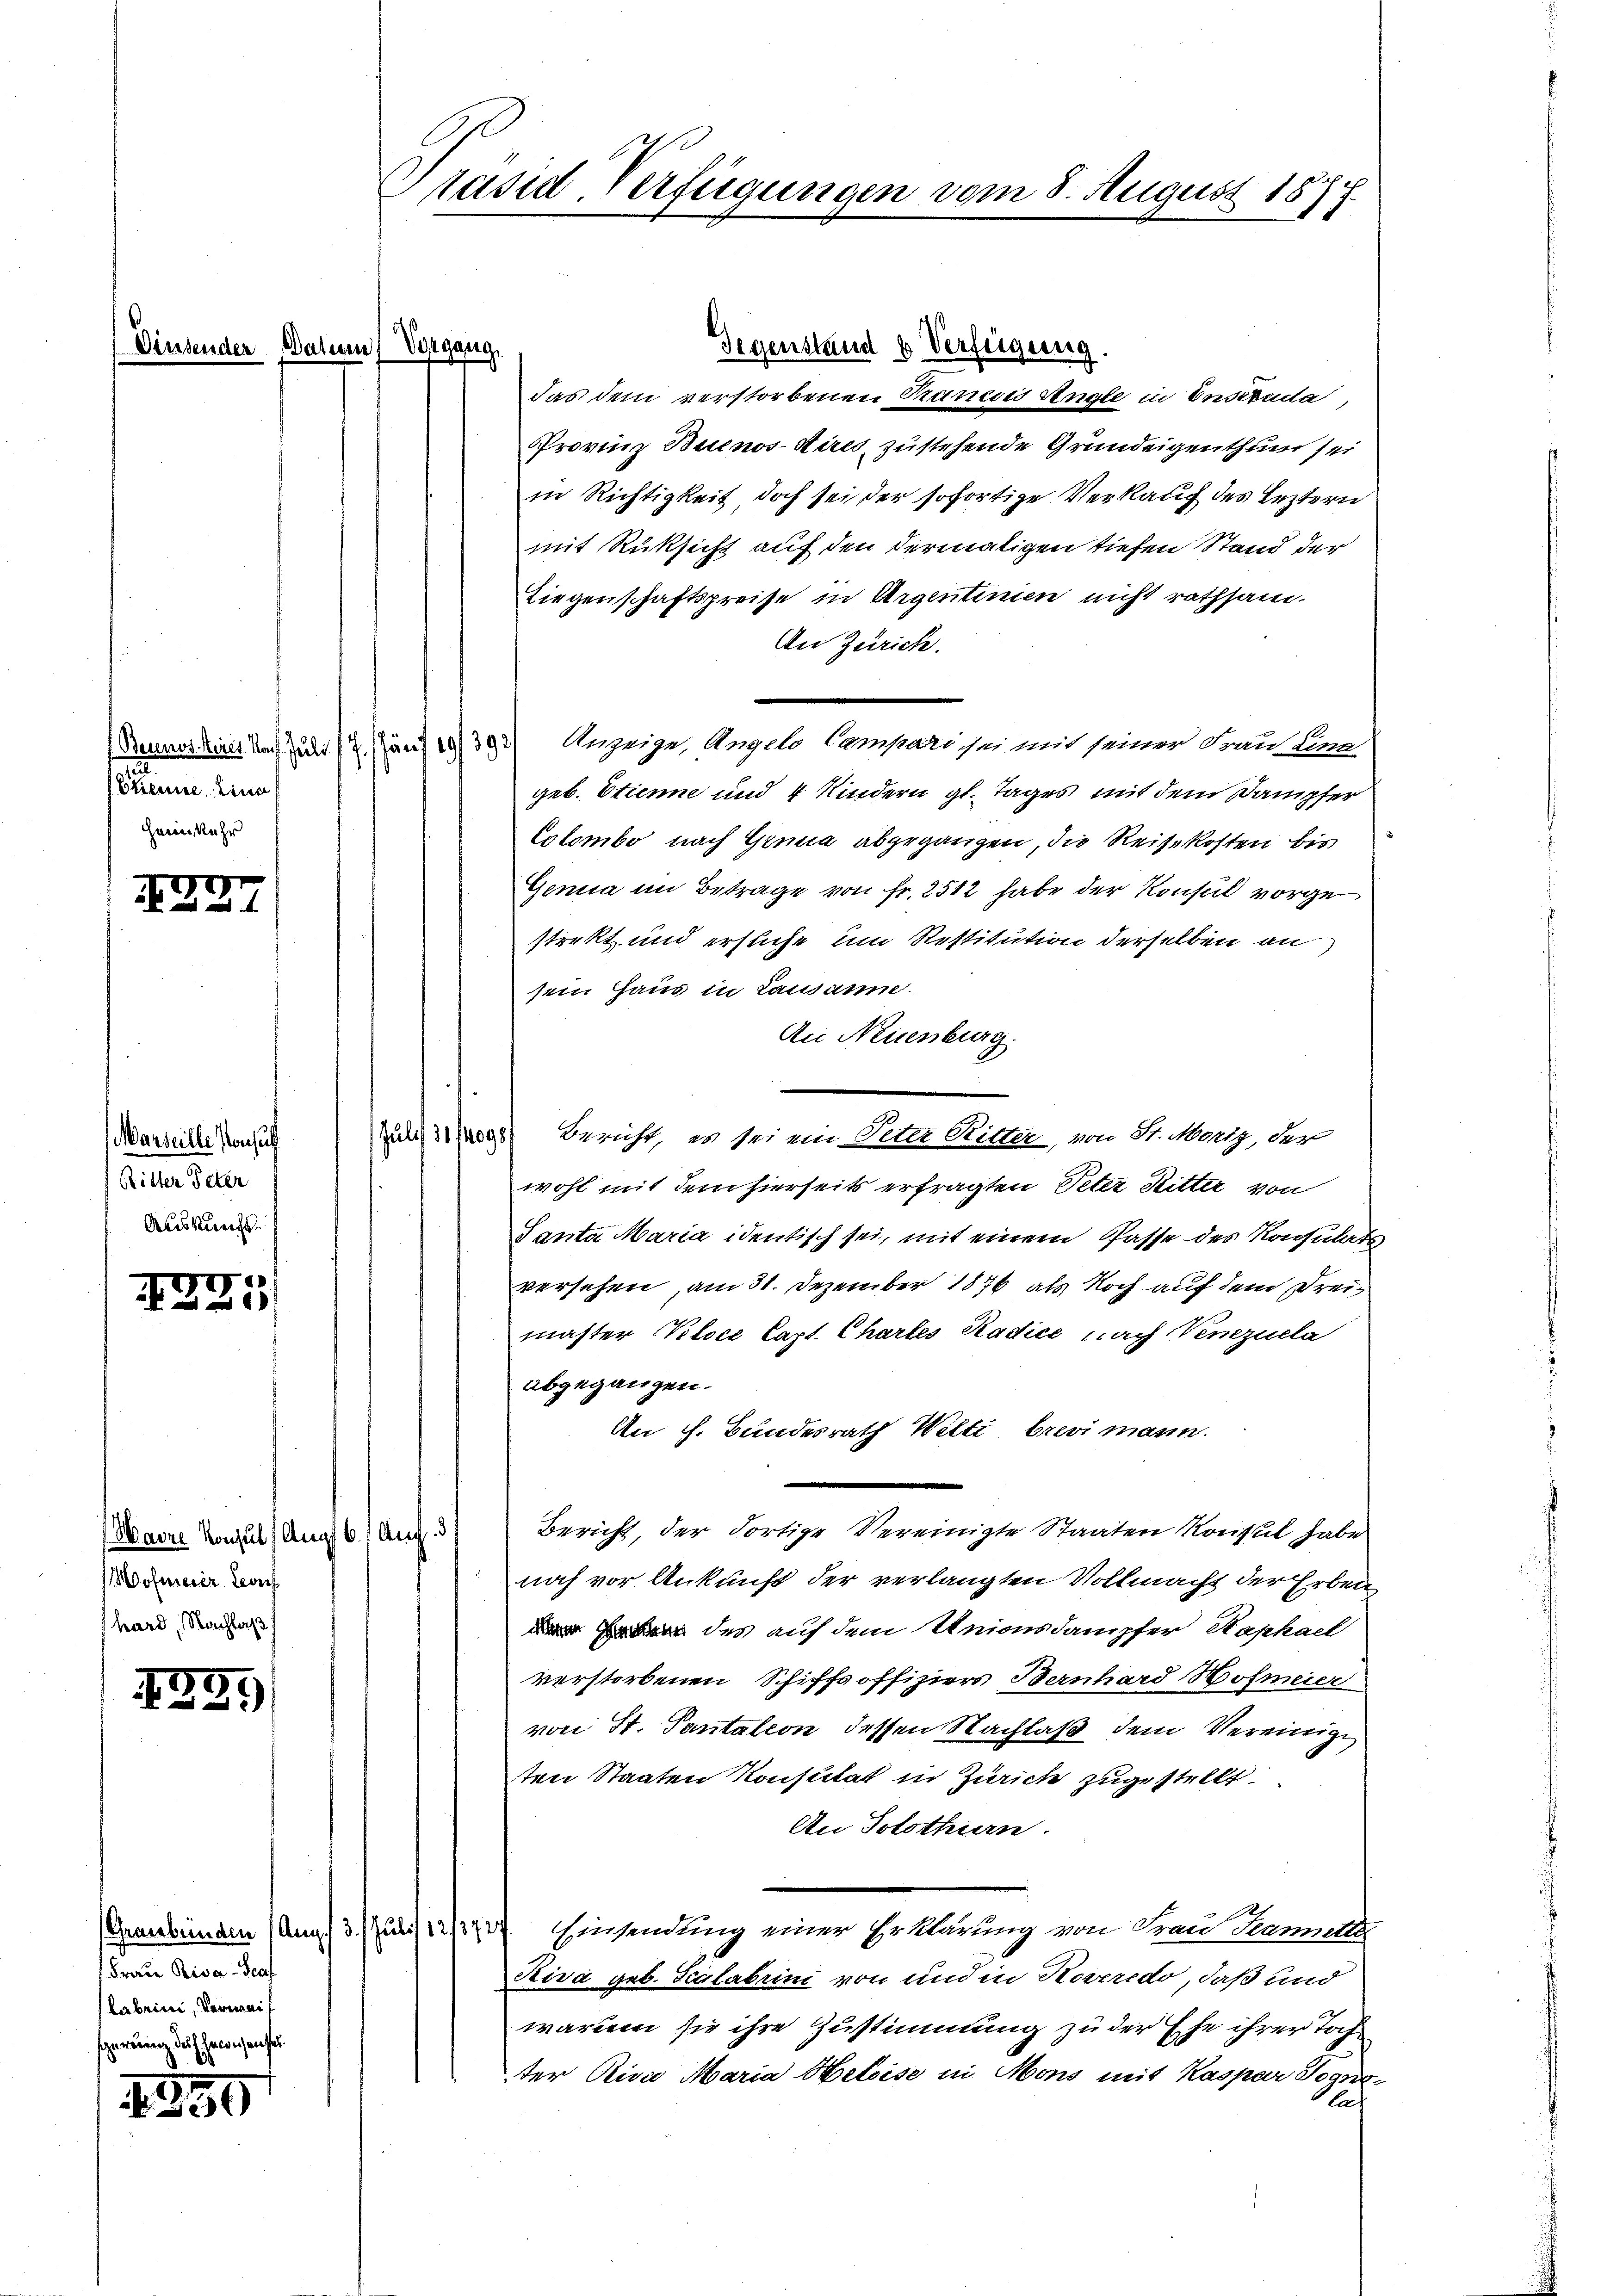
e
.

2
Etienne, keine
Heimkehr

Marseille Konsul
Ritter Peter
Auskunft.

0
2
1

ofmeier Conf
hard, Nachlaß

5
2

52)

1299

Gegenstand u Verfügung.
Dinsender Bativen) Vorgang
das dem verstorbenen Trancis Ungle in Ensezuda,
Provinz Buenos Aires, zustehende Grundeigenthum sei
in Richtigkeit, doch sei der sofortige Verkauf des Leztern
mit Rüksicht auf den dermaligen tiefen Stand der
Liegenschaftspreise in Argentinien nicht rathsam.
An Zürich.
Dannes hines Nach Jahr 12 Gäns 19393) Anzeige, Angelo Campari sei mit seiner Frau lang
geb. Etienne und 4 Kindern gl. Tages mit dem Dampfer
Colombe nach Genua abgegangen, die Reisekosten bis
Genia im Betrage von Fr. 2512 habe der Konsul vorgestrekt und ersuche um Restitution derselben an
sein Haus in Lausanne.
An Neuenburg.
zum Bericht, es sei ein Peter Ritter, von St. Moriz, der
wohl mit dem hierseits erfragten Peter Ritter von
Tanta Maria identisch sei, mit einem Pässe des Konsulats
versehen, am 31. Dezember 1876 als Noch auf dem Dreimaster Kloce Capt. Chartes Radice nach Verzuela
abgegangen.
An h. Bundesrath Welti, brevi mann.
Bericht, der Fortige Vereinigte Staaten Konsul habe
Maere Konsul (Augst 6. Aug. 3
noch vor Ankunft der verlangten Vollmacht der Erben
 des auf dem Unionsdampfer Saphael
verstorbenen Schiffsoffiziers Bernhard Hofmeier
von St. Pantation dessen Nachlaß dem Vereinige
ten Staaten Konsulat in Zürich zugestellt.
An Solothurn.
Einsendung einer Erklärung von Frau Teamutter
Gewebenden (Aug. 3. Juli 12/1737
Riva geb. Scalabrini von und in Koveredo, daß und
warum sie ihre Zustimmung zu der Ehe ihrer Toch
ter Riva Maria Heleise in Mons mit Kaspar Soguglas

Frau Riva Graf
(Labrini, Verwaif
sgerierung des Gewichenses.

Präsid-Verfügungen vom 8. August 1877.